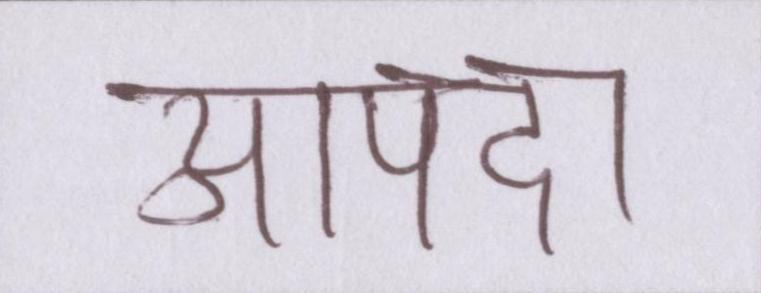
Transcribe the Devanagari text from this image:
आपदा